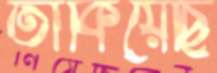
তাকিয়েছি